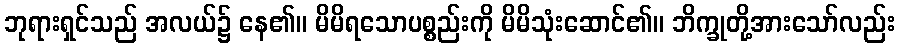
ဘုရားရှင်သည် အလယ်၌ နေ၏။ မိမိရသောပစ္စည်းကို မိမိသုံးဆောင်၏။ ဘိက္ခုတို့အားသော်လည်း